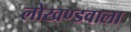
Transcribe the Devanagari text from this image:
लोखण्डवाला